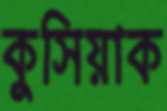
কুসিয়াক